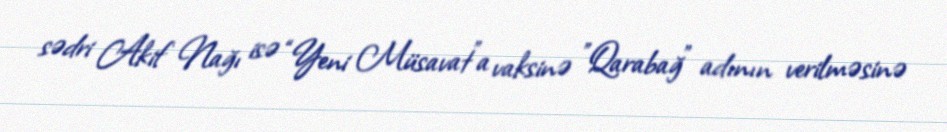
sədri Akif Nağı isə “Yeni Müsavat”a vaksinə "Qarabağ" adının verilməsinə